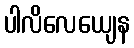
ပါလိလေယျေန